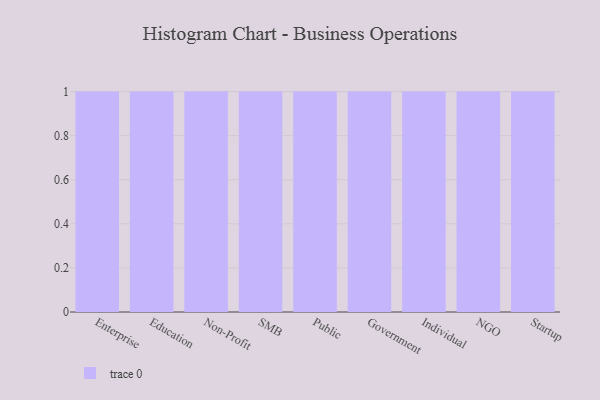
{"axis": {"x": "Segment", "y": "Page Views"}, "legend": [""], "data": [{"x": "Enterprise", "y": 76, "type": ""}, {"x": "Education", "y": 67, "type": ""}, {"x": "Non-Profit", "y": 90, "type": ""}, {"x": "SMB", "y": 1, "type": ""}, {"x": "Public", "y": 95, "type": ""}, {"x": "Government", "y": 46, "type": ""}, {"x": "Individual", "y": 26, "type": ""}, {"x": "NGO", "y": 83, "type": ""}, {"x": "Startup", "y": 100, "type": ""}]}